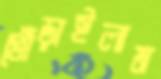
খোঁড়াইলাম